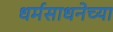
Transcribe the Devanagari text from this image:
धर्मसाधनेच्या